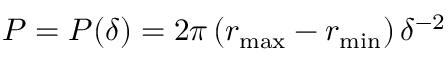
P = P ( \delta ) = 2 \pi \left( r _ { \mathrm { m a x } } - r _ { \mathrm { m i n } } \right) \delta ^ { - 2 }